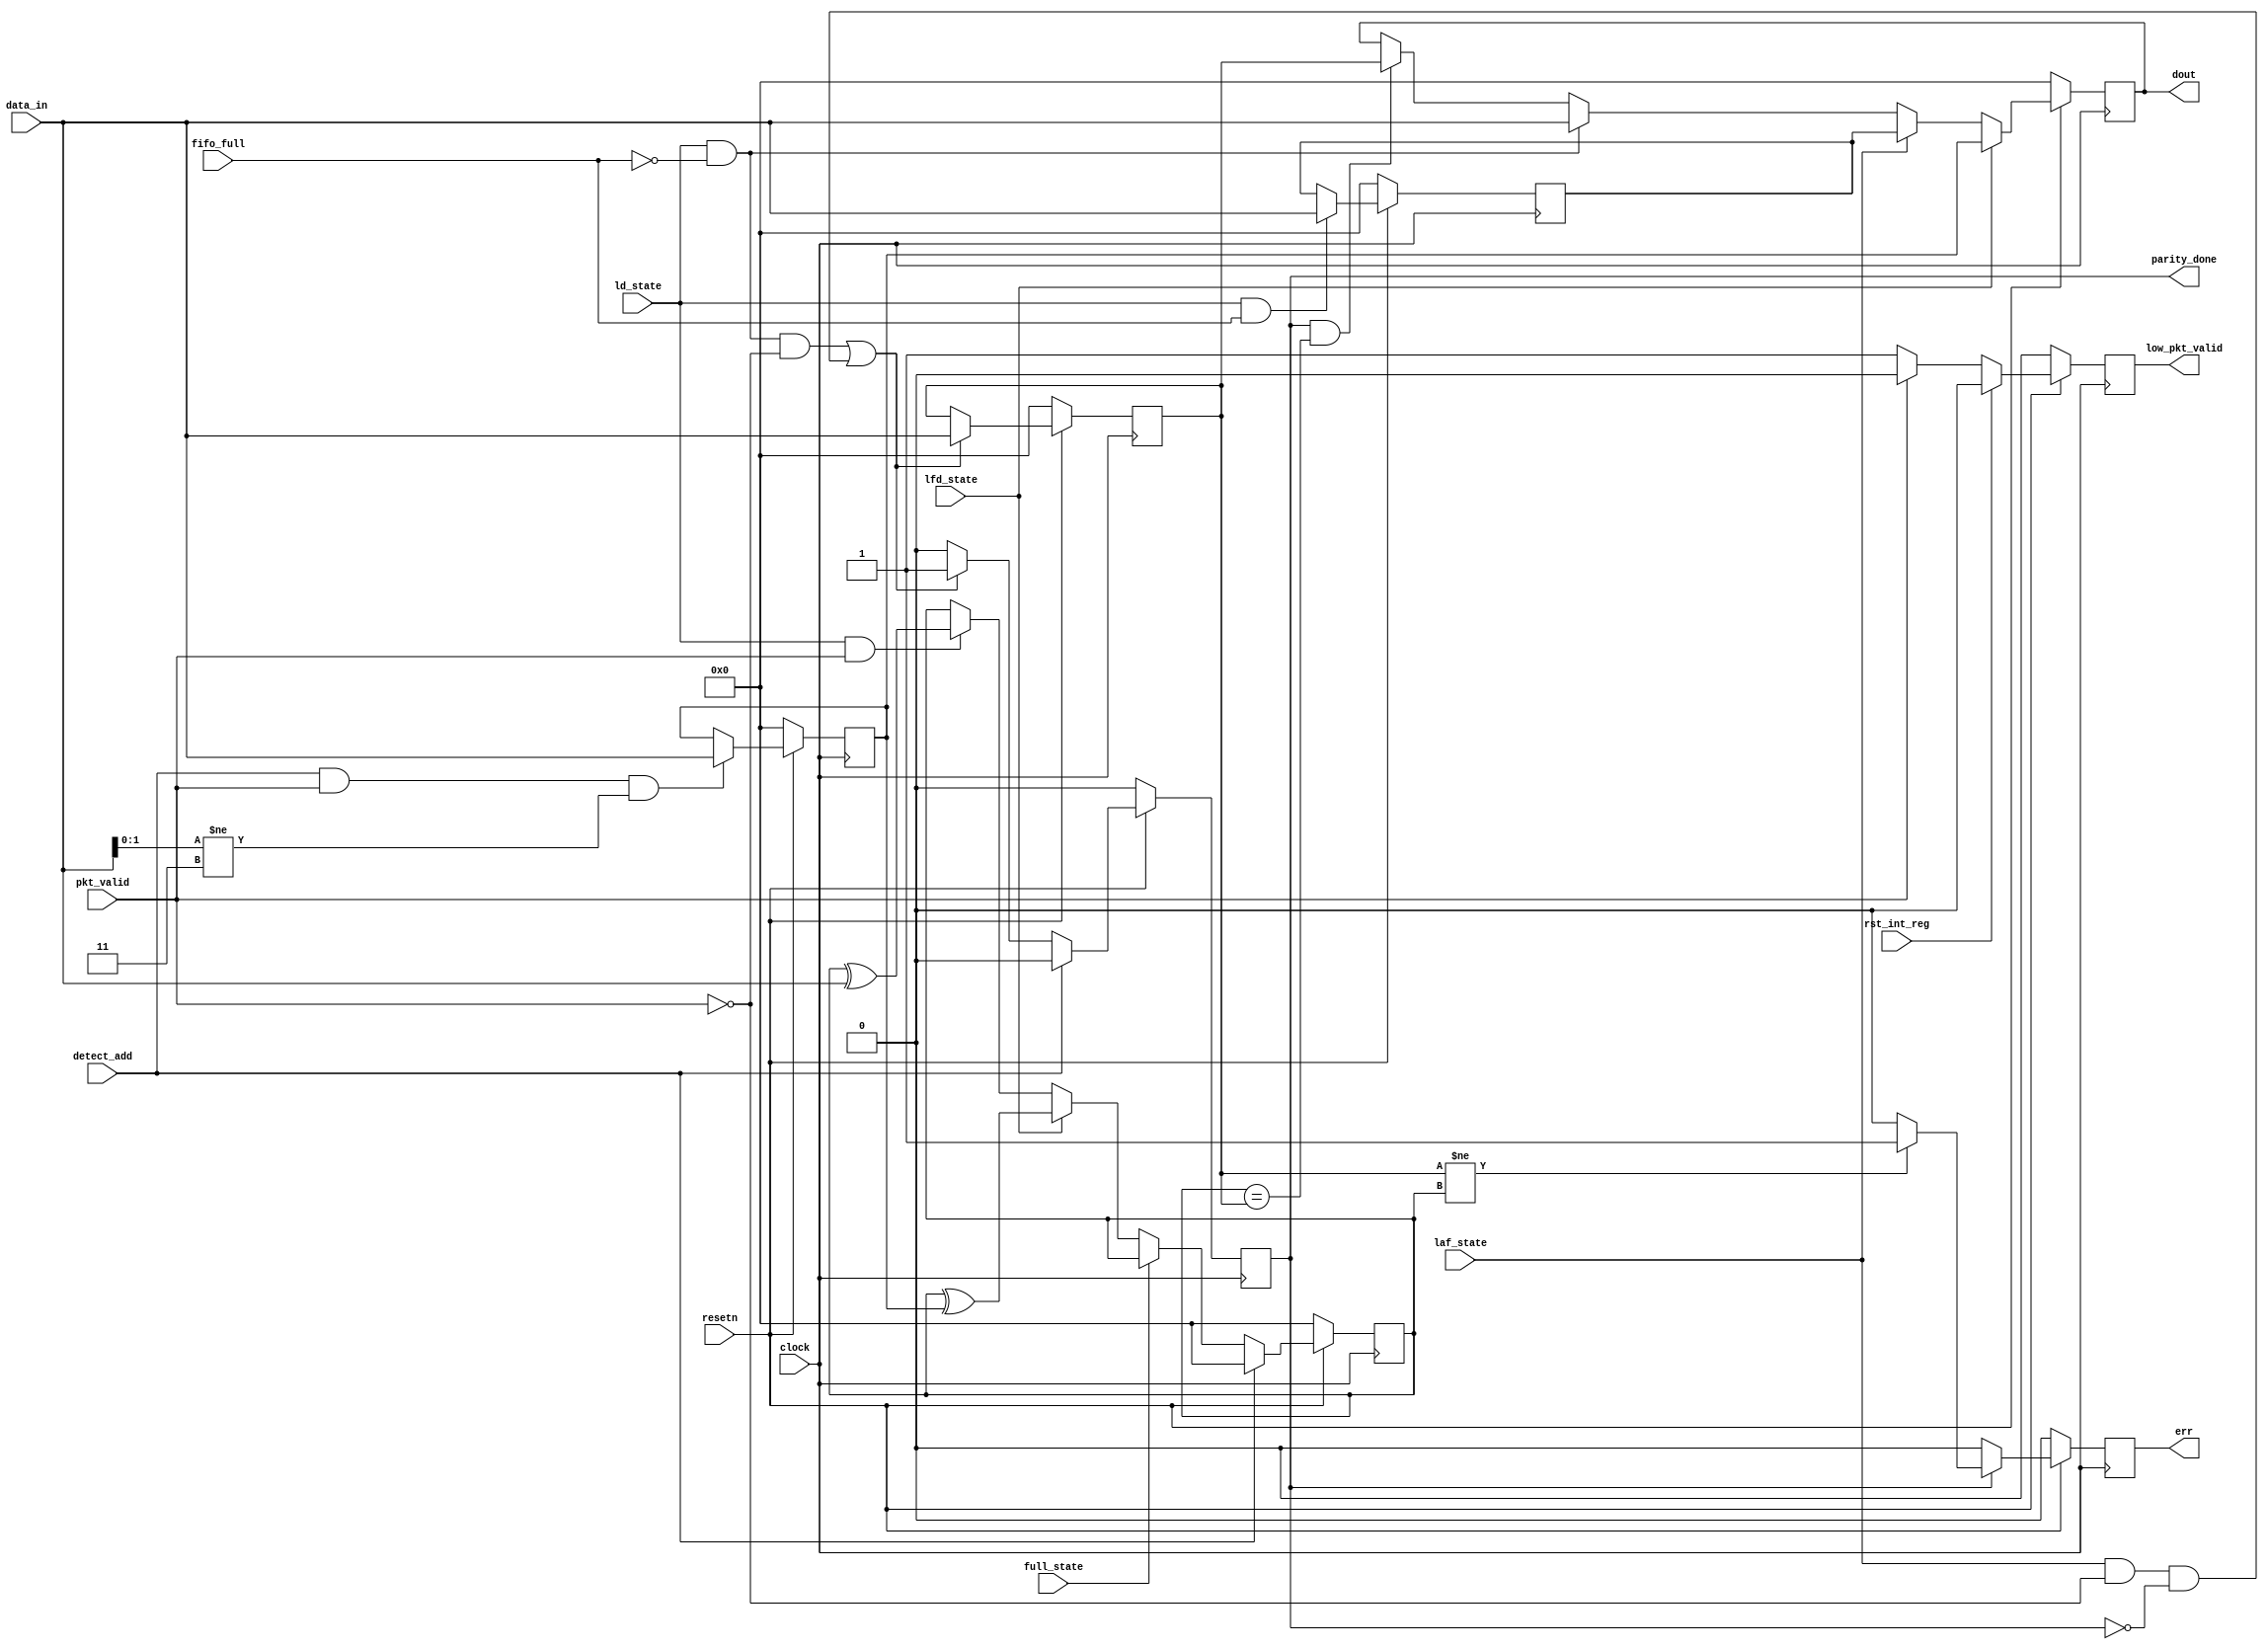
module router_register(input clock,resetn,pkt_valid,fifo_full,rst_int_reg,detect_add,ld_state,laf_state,full_state,lfd_state,
       input [7:0]data_in,output reg parity_done,low_pkt_valid,err,output reg [7:0]dout);
	   
//defining internal registers

reg [7:0]header_byte;
reg [7:0]fifo_full_state_byte;
reg [7:0]internal_parity_byte;
reg [7:0]packet_parity_byte;

//logic for reset

always @(posedge clock)
 begin 
   if(!resetn)
    begin
	header_byte          = 8'd0;
    fifo_full_state_byte = 8'd0;
	end
 
//logic for header_byte

else
 begin
  header_byte = (detect_add && pkt_valid && data_in[1:0] != 2'b11) ? data_in : header_byte;
	
//logic for fifo_full_state_byte

  fifo_full_state_byte = (ld_state && fifo_full) ? data_in : fifo_full_state_byte;

end
end
 
  
//logic for packet_parity_byte

always@(posedge clock)
 begin
  if(!resetn)
   packet_parity_byte   = 8'd0;
  else
  packet_parity_byte = ((ld_state && !fifo_full && !pkt_valid) || (laf_state && !pkt_valid && !parity_done)) ? data_in : packet_parity_byte;
 end

//logic for internal_parity_byte

always@(posedge clock)
 begin
  if(!resetn)
	internal_parity_byte <= 8'd0;
  else if(detect_add)
	internal_parity_byte <= 8'd0;
  else if(!full_state)
	begin
    if (lfd_state)
    internal_parity_byte <=  internal_parity_byte ^ header_byte;
    else if (ld_state && pkt_valid)
    internal_parity_byte <=  internal_parity_byte ^ data_in; 
end 
  else
	internal_parity_byte <= internal_parity_byte;
    end
  
   
 //output logic

always @(posedge clock)
 begin
  if (!resetn)
    parity_done <= 1'b0;
  else if (detect_add)
    parity_done <= 1'b0;
  else
   parity_done <= ((ld_state && !fifo_full && !pkt_valid) || (laf_state && !pkt_valid && !parity_done)) ? 1'b1 : 1'b0;
  end
  
always @(posedge clock)
 begin
  if(!resetn) 
    dout <= 8'd0;
  else if(lfd_state)
    dout <= header_byte;
  else if(laf_state)
    dout <= fifo_full_state_byte;
  else if (ld_state && !fifo_full)
    dout <= data_in;
  else if(parity_done && (internal_parity_byte == packet_parity_byte))
    dout <= packet_parity_byte;
  else
    dout <= dout;
 end
 
always @(posedge clock)
 begin
  if(!resetn)
   low_pkt_valid <= 1'b0;
  else if(rst_int_reg)
   low_pkt_valid <= 1'b0;
  else 
   low_pkt_valid <= (!pkt_valid) ? 1'b1 : 1'b0;
 end

always @(posedge clock)
  begin
	if(!resetn)
	  err <= 1'b0;
	else if(parity_done)
	  err <= (packet_parity_byte != internal_parity_byte) ? 1'b1 : 1'b0;
	else
	 err <= 1'b0;
	end
	
endmodule